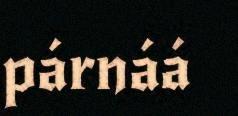
párnáá